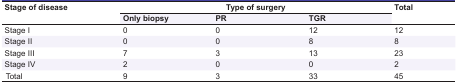
<table><thead><tr><td rowspan="2"><b>Stage of disease</b></td><td colspan="3"><b>Type of surgery</b></td><td rowspan="2"><b>Total</b></td></tr><tr><td><b>Only biopsy</b></td><td><b>PR</b></td><td><b>TGR</b></td></tr></thead><tbody><tr><td> Stage I </td><td> 0 </td><td> 0 </td><td> 12 </td><td> 12 </td></tr><tr><td> Stage II </td><td> 0 </td><td> 0 </td><td> 8 </td><td> 8 </td></tr><tr><td> Stage III </td><td> 7 </td><td> 3 </td><td> 13 </td><td> 23 </td></tr><tr><td> Stage IV </td><td> 2 </td><td> 0 </td><td> 0 </td><td> 2 </td></tr><tr><td> Total </td><td> 9 </td><td> 3 </td><td> 33 </td><td> 45 </td></tr></tbody></table>